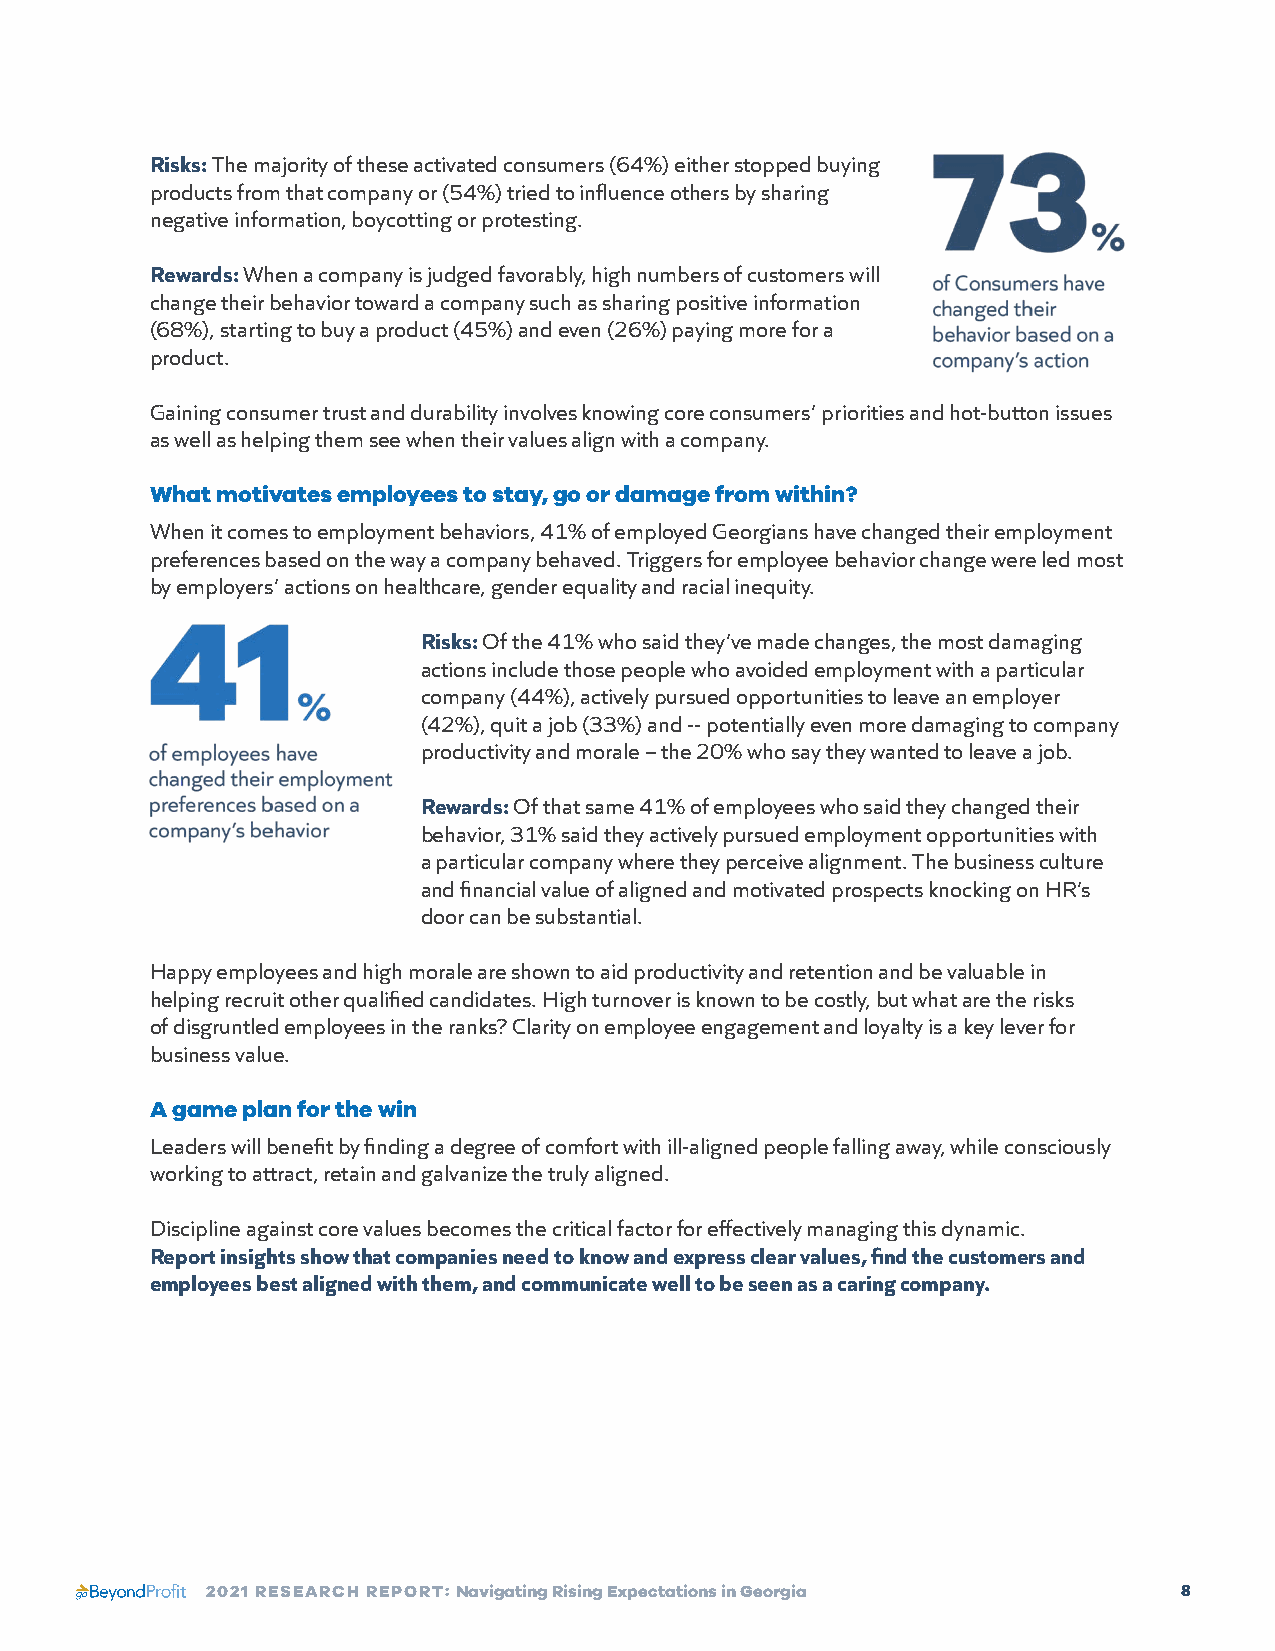
Risks: The majority of these activated consumers (64%) either stopped buying
 products from that company or (54%) tried to influence others by sharing
 negative information, boycotting or protesting.
 Rewards: When a company is judged favorably, high numbers of customers will
 change their behavior toward a company such as sharing positive information
 (68%), starting to buy a product (45%) and even (26%) paying more for a
 product.
 Gaining consumer trust and durability involves knowing core consumers’ priorities and hot-button issues
 as well as helping them see when their values align with a company.
 What motivates employees to stay, go or damage from within?
 When it comes to employment behaviors, 41% of employed Georgians have changed their employment
 preferences based on the way a company behaved. Triggers for employee behavior change were led most
 by employers’ actions on healthcare, gender equality and racial inequity.
 Risks: Of the 41% who said they’ve made changes, the most damaging
 actions include those people who avoided employment with a particular
 company (44%), actively pursued opportunities to leave an employer
 (42%), quit a job (33%) and -- potentially even more damaging to company
 productivity and morale – the 20% who say they wanted to leave a job.
 Rewards: Of that same 41% of employees who said they changed their
 behavior, 31% said they actively pursued employment opportunities with
 a particular company where they perceive alignment. The business culture
 and financial value of aligned and motivated prospects knocking on HR’s
 door can be substantial.
 Happy employees and high morale are shown to aid productivity and retention and be valuable in
 helping recruit other qualified candidates. High turnover is known to be costly, but what are the risks
 of disgruntled employees in the ranks? Clarity on employee engagement and loyalty is a key lever for
 business value.
 A game plan for the win
 Leaders will benefit by finding a degree of comfort with ill-aligned people falling away, while consciously
 working to attract, retain and galvanize the truly aligned.
 Discipline against core values becomes the critical factor for effectively managing this dynamic.
 Report insights show that companies need to know and express clear values, find the customers and
 employees best aligned with them, and communicate well to be seen as a caring company.
 2021 RESEARCH REPORT: Navigating Rising Expectations in Georgia 8